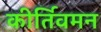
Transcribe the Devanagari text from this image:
कीर्तिवर्मन